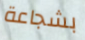
بشجاعة